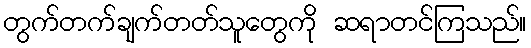
တွက်တက်ချက်တတ်သူတွေကို ဆရာတင်ကြသည်။